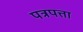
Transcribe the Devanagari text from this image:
पत्रपत्ता